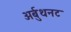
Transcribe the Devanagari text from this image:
अर्बुथनट